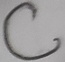
Text: C